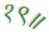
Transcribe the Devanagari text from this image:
१९॥